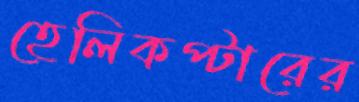
হেলিকপ্টারের